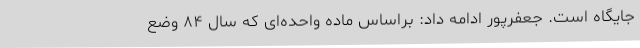
جایگاه است. جعفرپور ادامه داد: براساس ماده واحده‌ای که سال ۸۴ وضع